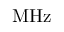
\mathrm { M H z }